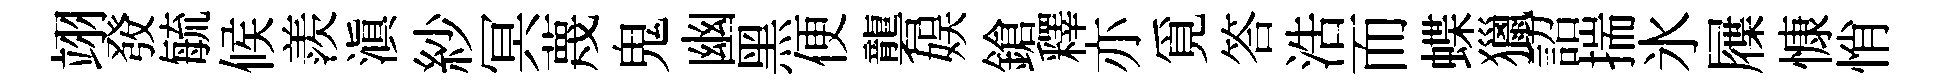
翊𤼲毓候羨滇紗冥蔑鬼幽黑便礱娱鎗釋亦覓答浩而蝶獵詔揣氷屧慷悄